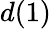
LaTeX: d(1)